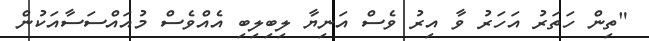
"ތިން ހަތަރު އަހަރު ވާ އިރު ވެސް އަނިޔާ ލިބިލިބި އެއްވެސް މުއައްސަސާއަކުން